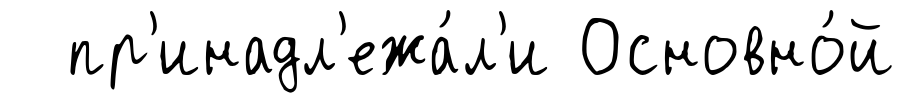
пр'инадл'ежа́л'и Основно́й